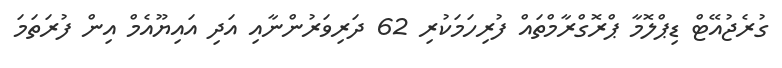
ގުރެޖުއޭޓް ޑިޕްލޮމާ ޕްރޮގްރާމްތައް ފުރިހަމަކުރި 62 ދަރިވަރުންނާއި އަދި އައިޔޫއެމް އިން ފުރަތަމަ